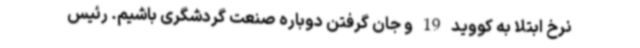
نرخ ابتلا به کووید 19 و جان گرفتن دوباره صنعت گردشگری باشیم. رئیس